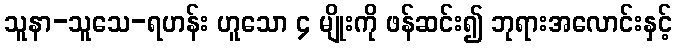
သူနာ-သူသေ-ရဟန်း ဟူသော ၄ မျိုးကို ဖန်ဆင်း၍ ဘုရားအလောင်းနှင့်